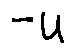
- u